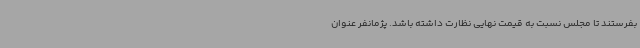
بفرستند تا مجلس نسبت به قیمت نهایی نظارت داشته باشد. پژمانفر عنوان